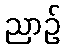
ညာဉ်